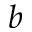
^ b